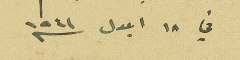
في ١٨ ايلول سنه ١٩٤١